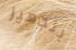
بتجهيز